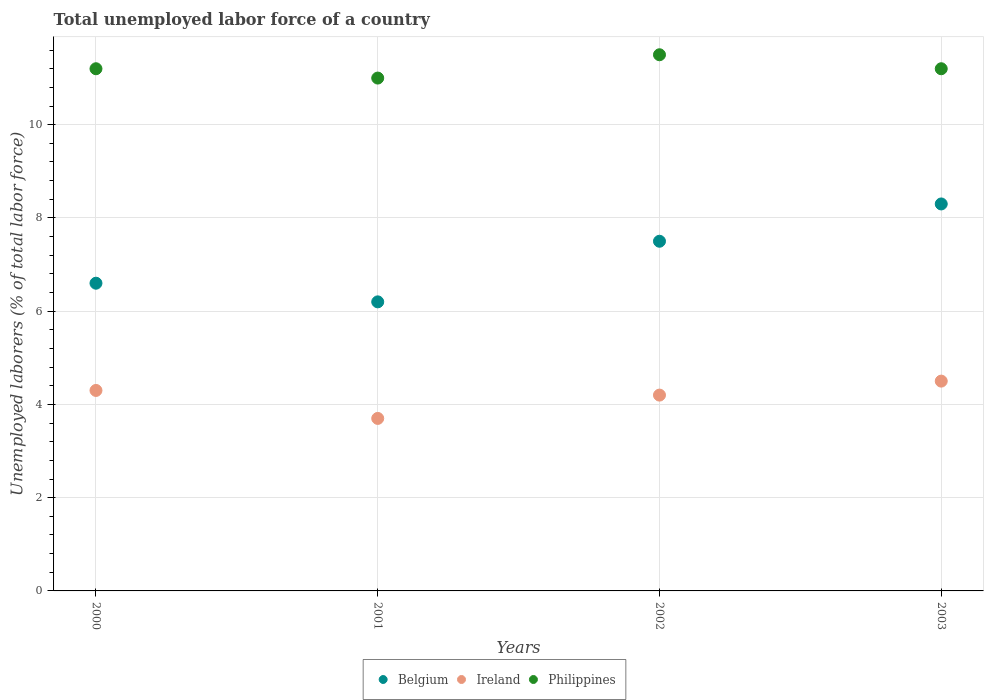
| Years | Belgium | Ireland | Philippines |
 | --- | --- | --- | --- |
 | 2000 | 6.6 | 4.3 | 11.2 |
 | 2001 | 6.2 | 3.7 | 11 |
 | 2002 | 7.5 | 4.2 | 11.5 |
 | 2003 | 8.3 | 4.5 | 11.2 |